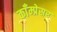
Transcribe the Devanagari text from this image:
काँम्प्रेसर